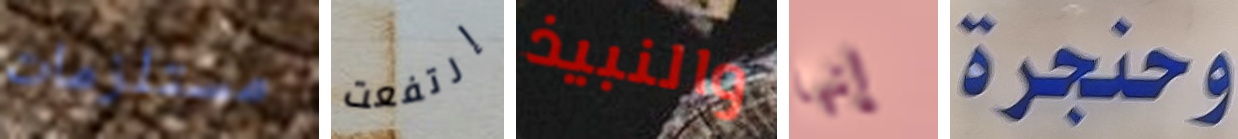
مستلزمات إرتفعت والنبيذ إنها وحنجرة